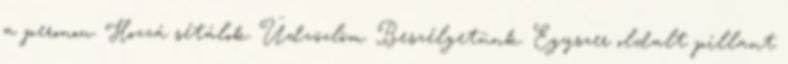
a peronon. Hozzá sétálok. Üdvözlöm. Beszélgetünk. Egyszer oldalt pillant